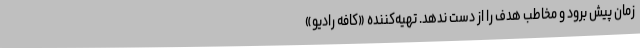
زمان پیش برود و مخاطب هدف را از دست ندهد. تهیه‌کننده «کافه رادیو»